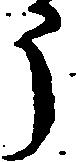
う